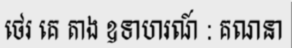
ថេរ គេ តាង ឧទាហរណ៍ : គណនា